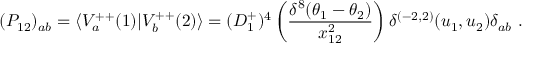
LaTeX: ( P _ { 1 2 } ) _ { a b } = \langle V _ { a } ^ { + + } ( 1 ) \vert V _ { b } ^ { + + } ( 2 ) \rangle = ( D _ { 1 } ^ { + } ) ^ { 4 } \left( { \frac { \delta ^ { 8 } ( \theta _ { 1 } - \theta _ { 2 } ) } { x _ { 1 2 } ^ { 2 } } } \right) \delta ^ { ( - 2 , 2 ) } ( u _ { 1 } , u _ { 2 } ) \delta _ { a b } \ .